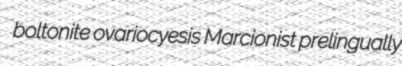
boltonite ovariocyesis Marcionist prelingually